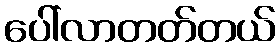
ပေါ်လာတတ်တယ်